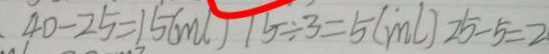
4 0 - 2 5 = 1 5 ( m l ) 1 5 \div 3 = 5 ( m l ) 2 5 - 5 = 2